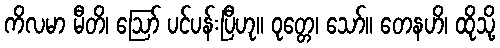
ကိလမာ မီတိ၊ ဩော် ပင်ပန်းပြီဟု။ ဝုတ္တေ၊ သော်။ တေနဟိ၊ ထိုသို့